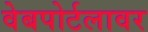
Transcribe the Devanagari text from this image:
वेबपोर्टलावर